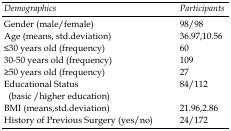
| Demographics | Participants |
 | --- | --- |
 | Gender (male/female) | 98/98 |
 | Age (means, std.deviation) | 36.97,10.56 |
 | ≤30 years old (frequency) | 60 |
 | 30-50 years old (frequency) | 109 |
 | ≥50 years old (frequency) | 27 |
 | Educational Status (basic /higher education) | 84/112 |
 | BMI (means,std.deviation) | 21.96,2.86 |
 | History of Previous Surgery (yes/no) | 24/172 |